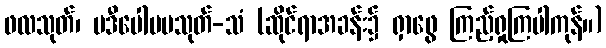
ဖလသုတ်၊ ပဒီပေါပမသုတ်-သံ (ဆိုင်ရာအခန်း၌ ရှာဖွေ ကြည့်ရှုကြပါကုန်။)